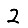
Digit: 2